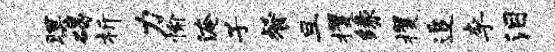
暝碣析力愉淹子餐旦攫缘攫追李泪